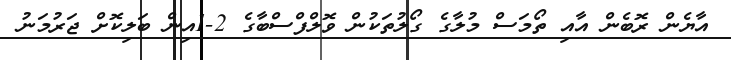
އާޔެން ރޮބެން އާއި ތޯމަސް މުލާގެ ގޯލުތަކުން ވޮލްފްސްބާގެ 2-1އިން ބަލިކޮށް ޖަރުމަނު